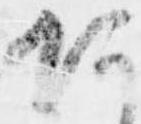
何